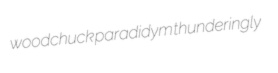
woodchuck paradidym thunderingly